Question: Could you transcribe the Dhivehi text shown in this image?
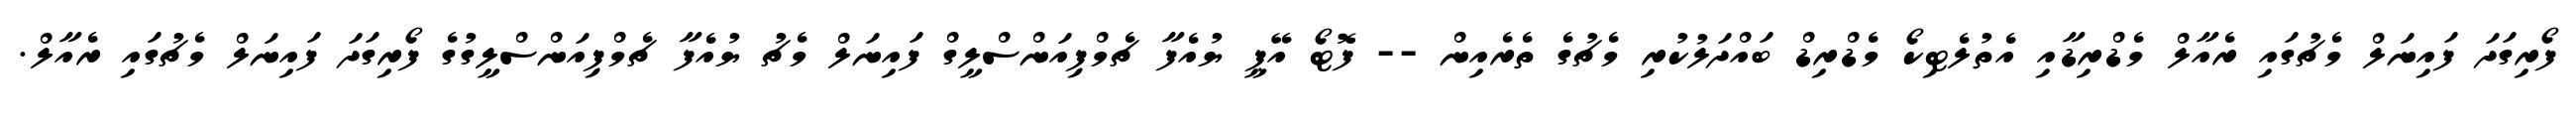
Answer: ފޯރިގަދަ ފައިނަލް މެޗުގައި ރެއާލް މެޑްރިޑާއި އެތުލެޓިކޯ މެޑްރިޑް ބައްދަލުކުރި މެޗުގެ ތެރެއިން -- ފޮޓޯ އޭޕީ ޔުއެފާ ޗެމްޕިއަންސްލީގް ފައިނަލް މެޗު ޔުއެފާ ޗެމްޕިއަންސްލީގުގެ ފޯރިގަދަ ފައިނަލް މެޗުގައި ރެއާލް.